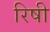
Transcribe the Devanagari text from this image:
रिषी